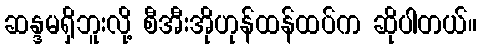
ဆန္ဒမရှိဘူးလို့ စီအီးအိုဟုန်ထန်ထပ်က ဆိုပါတယ်။